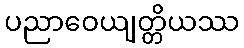
ပညာဝေယျတ္တိယဿ